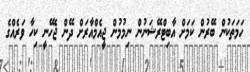
ހަމަތަކުން ބޭރުން ކަމަށް އާބިޓްރޭޝަނުން ނިމުމުން ޖީއެމްއާރަށް ދޭން ޖެހޭނީ ކިހާ ވަރެއްގެ